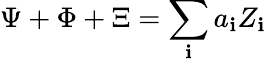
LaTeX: \Psi+\Phi+\Xi=\sum_{\mathbf{i}}a_{\mathbf{i}}Z_{\mathbf{i}}